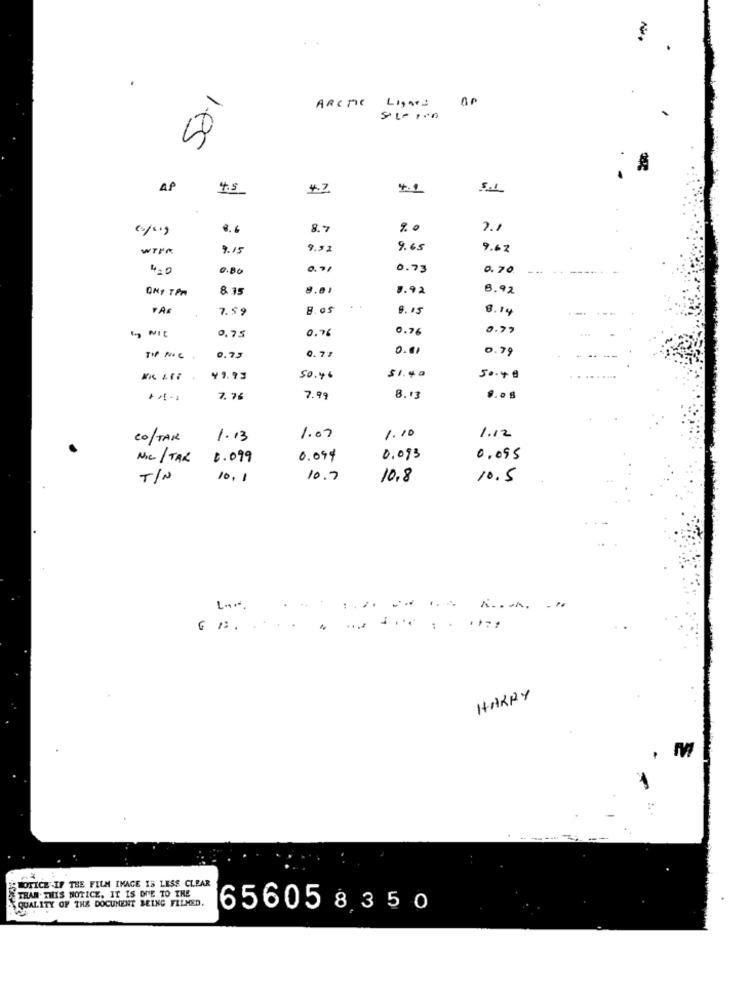
ARCTIC Lignes
AP
4.5
4.7
4.2
5.L
8. 6
8.7
WTPM
9.15
9.92
9.65
9.62
4.0
0.80
0.73
0.70
DNT TPM
8.35
9.92
8.92
7.59
8.05
9.15
8.14
0.75
0.76
0.76
0.79
0.01
0.79
TIP NIC
0.75
0.77
¥9.93
50.46
$1.40
50.40
+" !-
7.76
7.99
8.13
9 .0
Co/TAR
1.13
1.07
1. 10
1.12
Nic / TAX
6.099
0.099
0.093
0.095
TIN
10.1
10.7
10.8
10.5
...
HARRY
NOTICE .IF THE FILM IMAGE IS LESS CLEAR
THAN. THIS NOTICE, IT IS DUE TO THE
QUALITY OF THE DOCUMENT BEING FILMED.
656058350